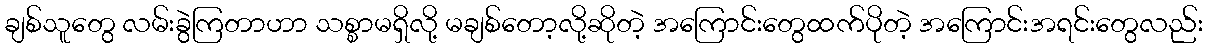
ချစ်သူတွေ လမ်းခွဲကြတာဟာ သစ္စာမရှိလို့ မချစ်တော့လို့ဆိုတဲ့ အကြောင်းတွေထက်ပိုတဲ့ အကြောင်းအရင်းတွေလည်း